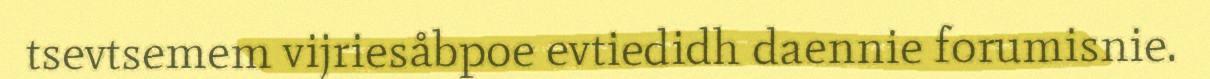
tsevtsemem vijriesåbpoe evtiedidh daennie forumisnie.